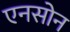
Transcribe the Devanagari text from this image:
एनसोन